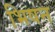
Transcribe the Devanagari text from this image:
भिषन